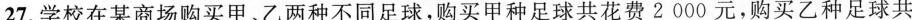
27.学校在某商场购买甲、乙两种不同足球，购买甲种足球共花费2000元，购买乙种足球共